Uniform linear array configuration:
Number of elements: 64
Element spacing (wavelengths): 0.5
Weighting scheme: uniform
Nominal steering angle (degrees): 45
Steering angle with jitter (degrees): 46.418
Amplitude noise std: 0.05
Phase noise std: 0.05

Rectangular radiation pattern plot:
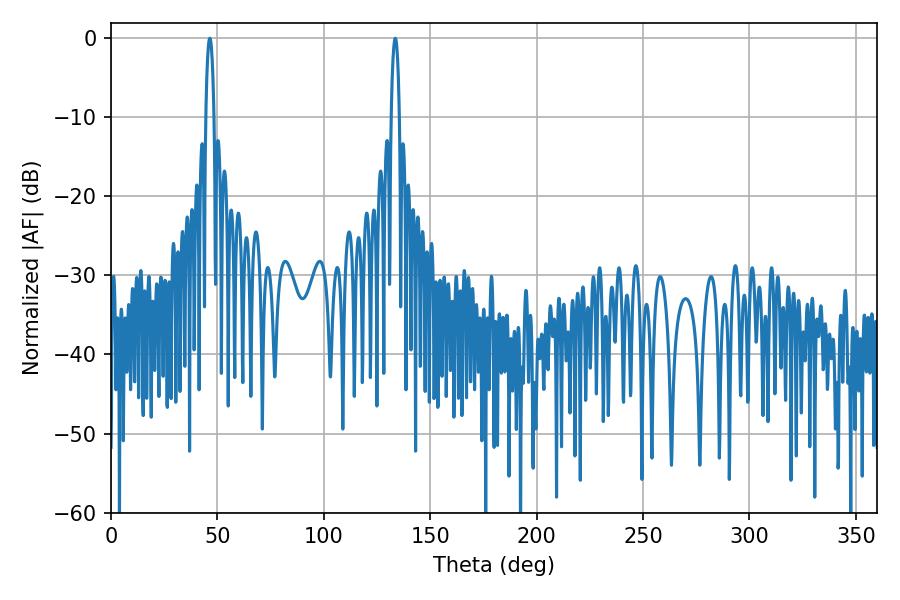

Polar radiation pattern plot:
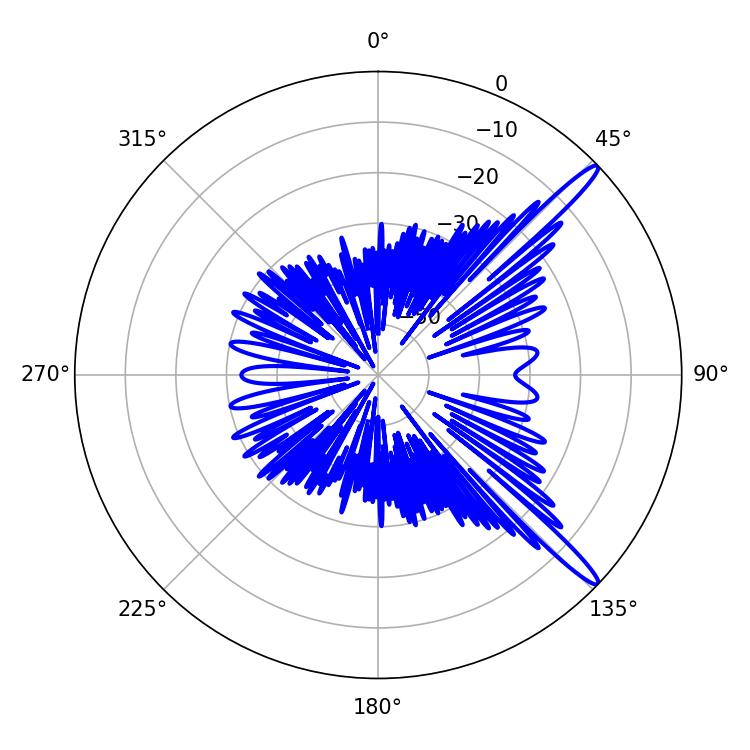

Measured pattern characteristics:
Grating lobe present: FALSE
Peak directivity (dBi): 14.858
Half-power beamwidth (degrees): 2.16
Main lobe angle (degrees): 46.44